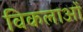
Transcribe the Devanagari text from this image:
विकलाओं